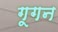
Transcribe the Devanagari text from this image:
गूगन